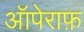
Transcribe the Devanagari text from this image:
ऑपेराफ़